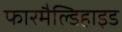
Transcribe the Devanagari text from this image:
फारमैल्डिहाइड